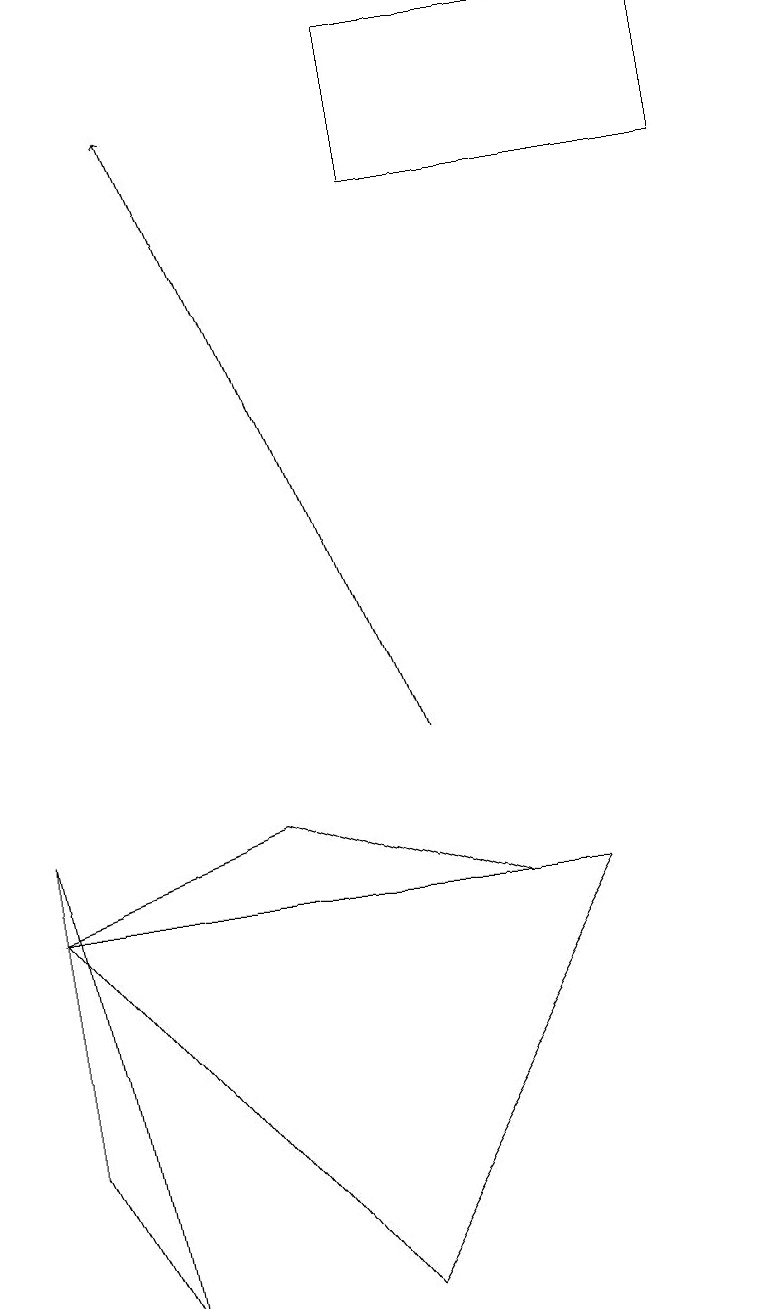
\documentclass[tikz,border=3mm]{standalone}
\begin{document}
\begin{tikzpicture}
\draw[->] (5,10) -- (2,18);
\draw (0,8) -- (4,3) -- (7,8) -- cycle;
\draw (9,19) rectangle (5,17);
\draw (6,8) -- (3,9) -- (0,8) -- cycle;
\draw (0,5) -- (1,3) -- (0,9) -- cycle;
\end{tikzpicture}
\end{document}